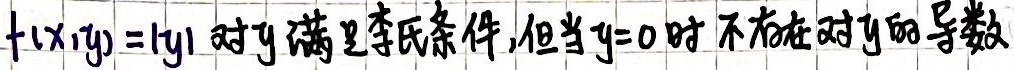
\(f(x,y)=\vert y\vert\) 对 \(y\)满足李氏条件,但当 \(y = 0\)时不存在对 \(y\)的导数